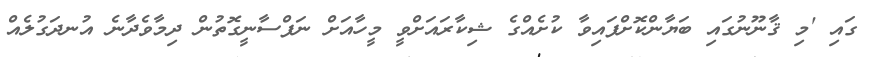
ގައި 'މި ޤާނޫނުގައި ބަޔާންކޮށްފައިވާ ކުށެއްގެ ޝިކާރައަށްވީ މީހާއަށް ނަފްސާނީގޮތުން ދިމާވެދާނެ އުނދަގުލެއް